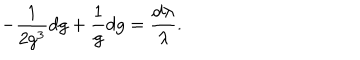
- \frac { 1 } { 2 g ^ { 3 } } d g + \frac { 1 } { g } d g = \frac { d \lambda } { \lambda } .